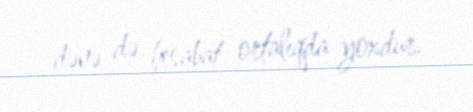
dənə də hesabat ortalıqda yoxdur.